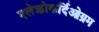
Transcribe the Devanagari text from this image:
एलेक्त्रोकर्दिओग्रम